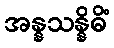
အန္နသန္နိဓိံ